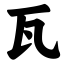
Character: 瓦